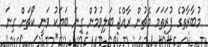
މުބާރާތުގެ ފުރަތަމަ މެޗުން ރާއްޖެ ބަލިވުމުން ގިނަ ބަޔަކު ވަނީ ކޯޗަށް ގިނަ